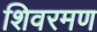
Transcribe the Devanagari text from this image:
शिवरमण